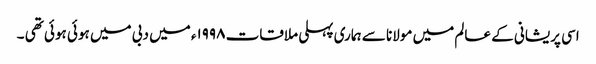
اسی پریشانی کے عالم میں مولانا سے ہماری پہلی ملاقات ۱۹۹۸ء میں دبی میں ہوئی ہوئی تھی ۔